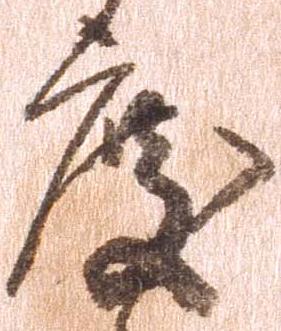
度